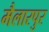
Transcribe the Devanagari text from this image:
मैलारपुर